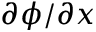
\partial \phi / \partial x